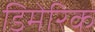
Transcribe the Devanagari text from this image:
डिमेरिक